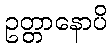
ဥတ္တာနောပိ